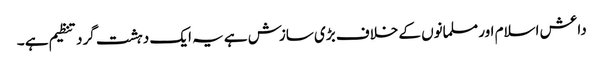
داعش اسلام اور مسلمانوں کے خلاف بڑی سازش ہے یہ ایک دہشت گرد تنظیم ہے ۔